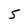
Character: 5